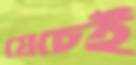
যেচেই